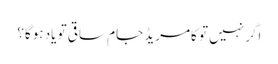
اگر نہیں تو کامریڈ جام ساقی تو یاد ہوگا؟